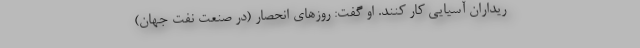
ریداران آسیایی کار کنند. او گفت: روزهای انحصار (در صنعت نفت جهان)